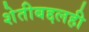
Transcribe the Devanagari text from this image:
शेतीबद्दलही